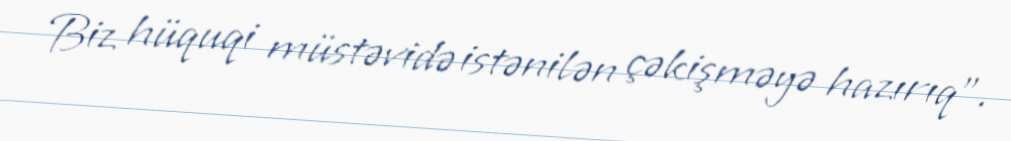
Biz hüquqi müstəvidə istənilən çəkişməyə hazırıq".